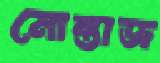
মোন্তাজ